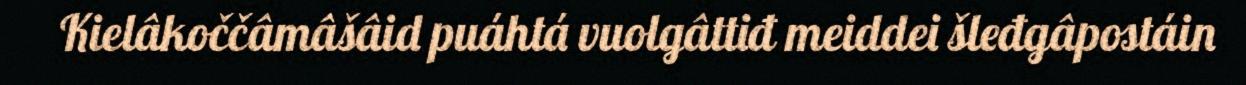
Kielâkoččâmâšâid puáhtá vuolgâttiđ meiddei šleđgâpostáin